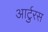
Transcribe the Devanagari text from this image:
आर्टुरस